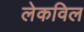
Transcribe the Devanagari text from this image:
लेकविल